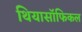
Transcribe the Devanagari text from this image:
थियासॉफिकल